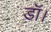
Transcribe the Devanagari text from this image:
डॉ।